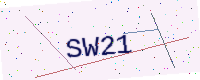
Text: SW21